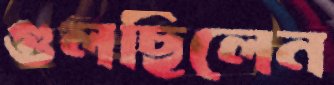
গুলছিলেন